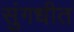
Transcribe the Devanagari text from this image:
सुंगधीत